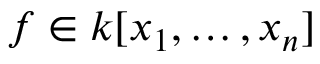
f \in k [ x _ { 1 } , \ldots , x _ { n } ]